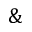
\&